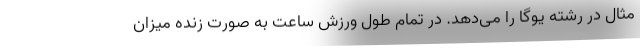
مثال در رشته یوگا را می‌دهد. در تمام طول ورزش ساعت به صورت زنده میزان